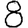
Digit: 8